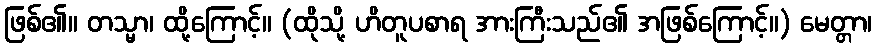
ဖြစ်၏။ တသ္မာ၊ ထို့ကြောင့်။ (ထိုသို့ ဟိတူပစာရ အားကြီးသည်၏ အဖြစ်ကြောင့်။) မေတ္တာ၊